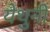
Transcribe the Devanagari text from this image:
येथुनी